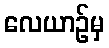
လေယာဉ်မှ